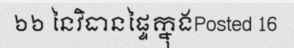
៦៦ នៃវិធានផ្ទៃក្នុងPosted 16